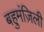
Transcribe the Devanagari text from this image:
बहुमंज़िली